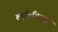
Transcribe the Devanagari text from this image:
ल्यूक्रेटियस